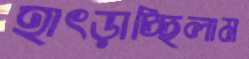
হাৎড়াচ্ছিলাম